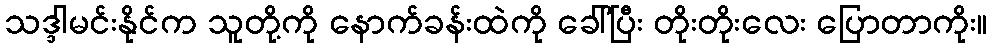
သဒ္ဒါမင်းနိုင်က သူတို့ကို နောက်ခန်းထဲကို ခေါ်ပြီး တိုးတိုးလေး ပြောတာကိုး။